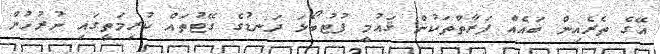
އޭގެ ތެރެއިން ބައެއް ފަރާތްތަކުން ޤައުމީ ފުޓުބޯޅަ ދަނޑުގެ ގޭޓުތައް ކުރިމަތީގައި ނުރުހުން